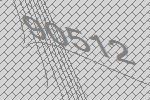
90512